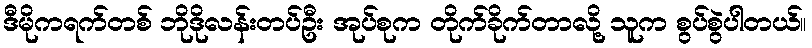
ဒီမိုကရက်တစ် ဘိုဒိုလန်းတပ်ဦး အုပ်စုက တိုက်ခိုက်တာလို့ သူက စွပ်စွဲပါတယ်။